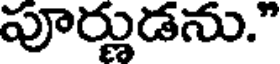
పూర్ణుడను."